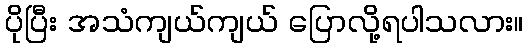
ပိုပြီး အသံကျယ်ကျယ် ပြောလို့ရပါသလား။